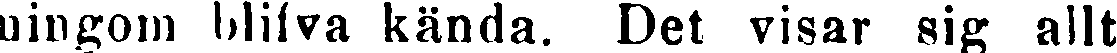
ningom blifva kända. Det visar sig allt